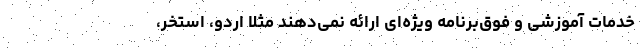
خدمات آموزشی و فوق‌برنامه ویژه‌ای ارائه نمی‌دهند مثلاً اردو، استخر،